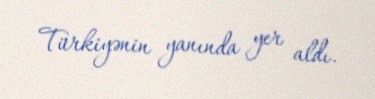
Türkiyənin yanında yer aldı.